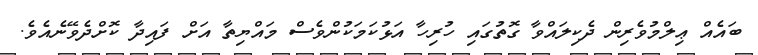
ބައެއް ޢިލްމުވެރިން ދެކިލައްވާ ގޮތުގައި ހުރިހާ އަޅުކަމަކުންވެސް މައްޔިތާ އަށް ފައިދާ ކޮށްދެވޭނެއެވެ.